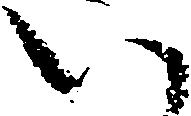
い